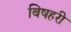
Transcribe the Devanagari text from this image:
बिषहरी